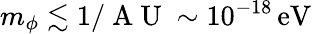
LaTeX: m_{\phi}\lesssim 1/\mathrm{~A~U~}\sim 10^{-18}\, \mathrm{eV}